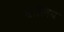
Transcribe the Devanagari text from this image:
वालिय